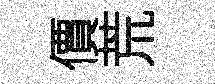
價荒